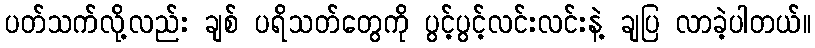
ပတ်သက်လို့လည်း ချစ် ပရိသတ်တွေကို ပွင့်ပွင့်လင်းလင်းနဲ့ ချပြ လာခဲ့ပါတယ်။